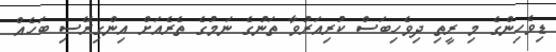
ޑިވެހިންގެ މި ރީތި ދިވެހިބަސް ކުރިއަރުވާ ތަނުގެ ނަމުގެ ތެރެއަށް އިންގިރޭސި ބަހެއް